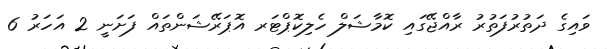
ވައިގެ ދަތުރުފަތުރު ރާއްޖޭގައި ކޮމާޝަލް ހެލިކޮޕްޓަރ އޮޕަރޭޝަންތައް ފަށަނީ 2 އަހަރު 6